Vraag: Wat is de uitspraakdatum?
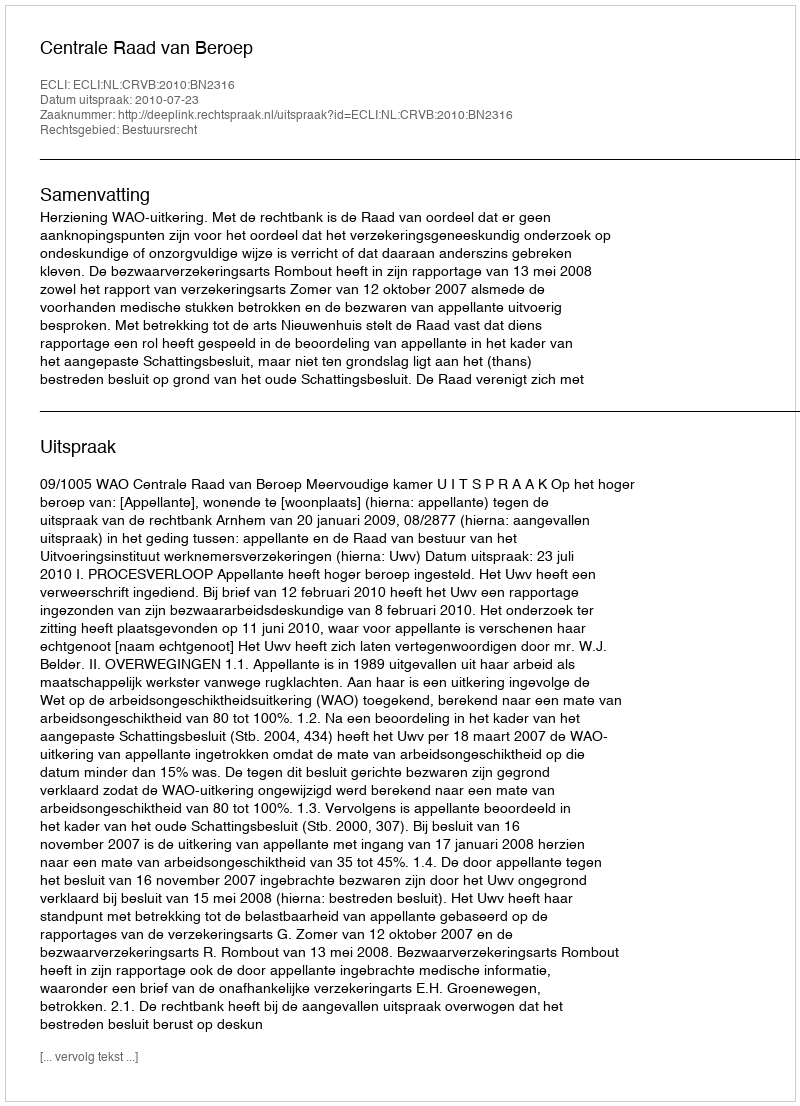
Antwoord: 2010-07-23